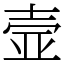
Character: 壸